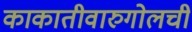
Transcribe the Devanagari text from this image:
काकातीवारुगोलची